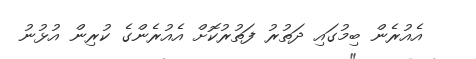
އެއުރެން ބިމުގައި ދަތުރު ފަތުރުކޮށް އެއުރެންގެ ކުރިން އުޅުނު